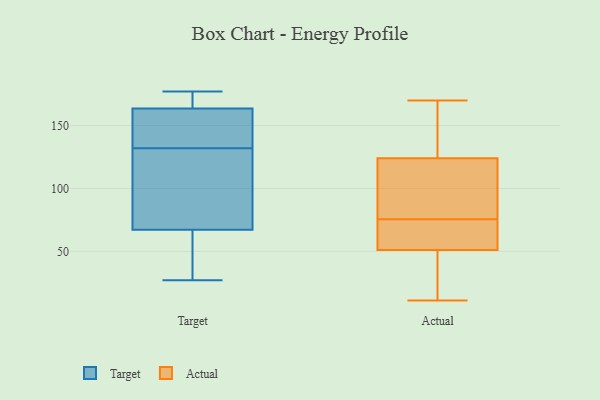
{"axis": {"x": "Tickets Resolved", "y": "Value"}, "legend": ["Actual", "Target"], "data": [{"x": "", "y": 126, "type": "Target"}, {"x": "", "y": 51, "type": "Target"}, {"x": "", "y": 68, "type": "Target"}, {"x": "", "y": 67, "type": "Target"}, {"x": "", "y": 27, "type": "Target"}, {"x": "", "y": 175, "type": "Target"}, {"x": "", "y": 167, "type": "Target"}, {"x": "", "y": 139, "type": "Target"}, {"x": "", "y": 177, "type": "Target"}, {"x": "", "y": 132, "type": "Target"}, {"x": "", "y": 153, "type": "Target"}, {"x": "", "y": 25, "type": "Actual"}, {"x": "", "y": 82, "type": "Actual"}, {"x": "", "y": 46, "type": "Actual"}, {"x": "", "y": 122, "type": "Actual"}, {"x": "", "y": 128, "type": "Actual"}, {"x": "", "y": 69, "type": "Actual"}, {"x": "", "y": 56, "type": "Actual"}, {"x": "", "y": 126, "type": "Actual"}, {"x": "", "y": 118, "type": "Actual"}, {"x": "", "y": 170, "type": "Actual"}, {"x": "", "y": 11, "type": "Actual"}, {"x": "", "y": 64, "type": "Actual"}]}